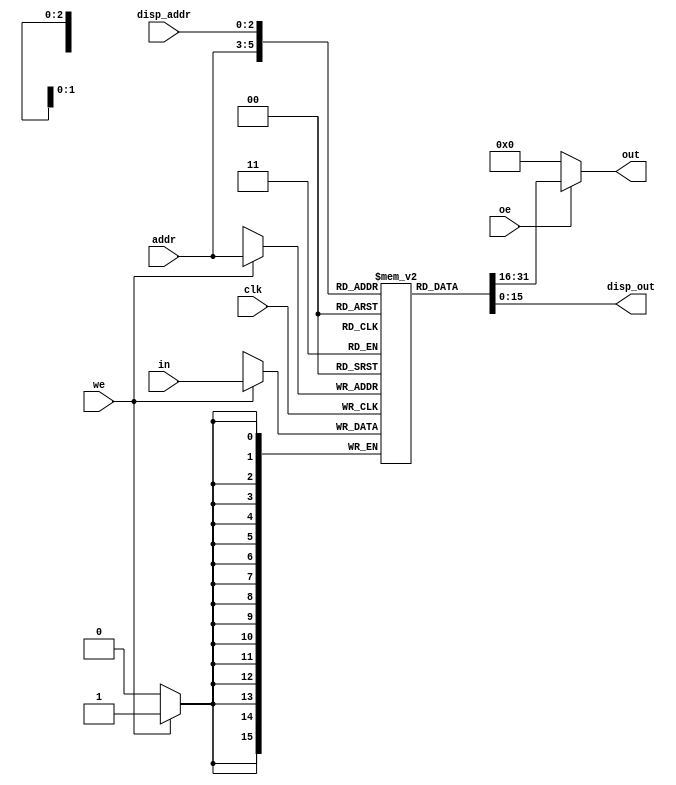
`timescale 1ns / 1ps
//////////////////////////////////////////////////////////////////////////////////
// Company:
// Engineer:
//
// Design Name:
// Module Name:    registers
// Project Name:
// Target Devices:
// Tool versions:
// Description:
//
// Dependencies:
//
// Revision:
// Revision 0.01 - File Created
// Additional Comments:
//
//////////////////////////////////////////////////////////////////////////////////
module registers(
        clk,
        oe,
        we,
        addr,
        in,
        out,
        disp_addr,
        disp_out
    );

parameter width = 16;
parameter depth = 8;
parameter addr_width = 3;

input clk;
input oe;
input we;
input [addr_width-1 : 0]    addr;
input [width-1 : 0]         in;
output[width-1 : 0]         out;
input [addr_width-1 : 0]    disp_addr;
output[width-1 : 0]         disp_out;

reg [width-1 : 0]           regs[depth-1 : 0];

reg [addr_width : 0]        i;

initial begin
    for(i = 0; i < depth; i = i + 1)
        regs[i] <= 0;
end

always @(posedge clk) begin
    if(we)
        regs[addr] <= in;
end

assign out = oe ? regs[addr] : 0;
assign disp_out = regs[disp_addr];

endmodule